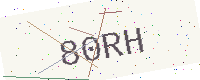
Text: 80RH